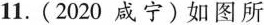
11.(2020咸宁)如图所